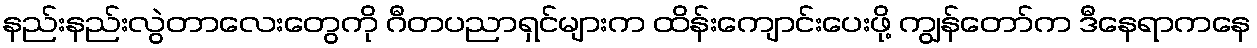
နည်းနည်းလွဲတာလေးတွေကို ဂီတပညာရှင်များက ထိန်းကျောင်းပေးဖို့ ကျွန်တော်က ဒီနေရာကနေ